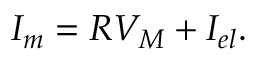
{ { I _ { m } } } = R { { V } _ { { M } } } + I _ { e l } .